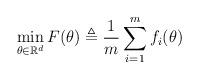
LaTeX: \begin{align*}\min\limits_{\theta\in\mathbb{R}^d} F(\theta)\triangleq\frac{1}{m}\sum_{i=1}^m f_i(\theta)\end{align*}